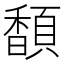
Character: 䫝